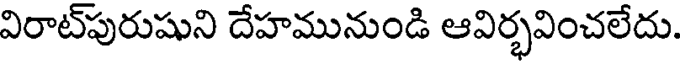
విరాట్పురుషుని దేహమునుండి ఆవిర్భవించలేదు.